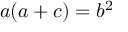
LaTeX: a ( a + c ) = b ^ { 2 }